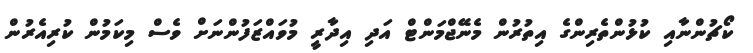
ކޯޗުންނާއި ކުޅުންތެރިންގެ އިތުރުން މެނޭޖްމަންޓް އަދި އިދާރީ މުވައްޒަފުންނަށް ވެސް މިކަމުން ކުރިއެރުން